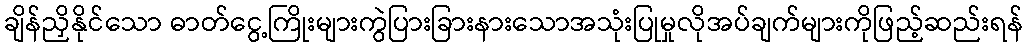
ချိန်ညှိနိုင်သော ဓာတ်ငွေ့ကြိုးများကွဲပြားခြားနားသောအသုံးပြုမှုလိုအပ်ချက်များကိုဖြည့်ဆည်းရန်